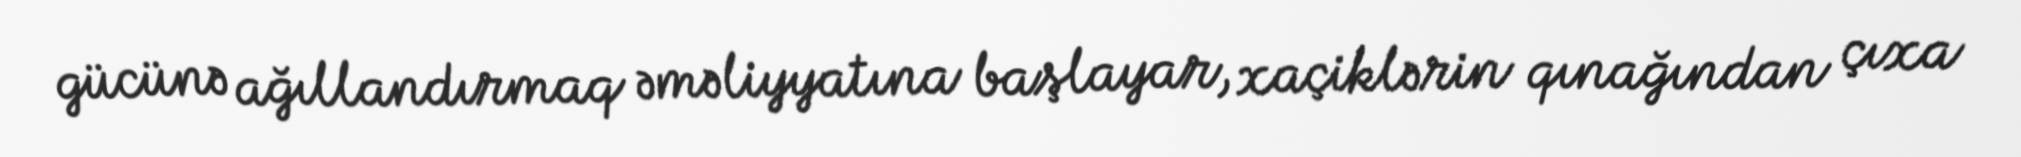
gücünə ağıllandırmaq əməliyyatına başlayar, xaçiklərin qınağından çıxa